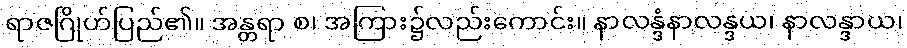
ရာဇဂြိုဟ်ပြည်၏။ အန္တရာ စ၊ အကြား၌လည်းကောင်း။ နာလန္ဒံနာလန္ဒယ၊ နာလန္ဒာယ၊